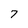
Character: 7